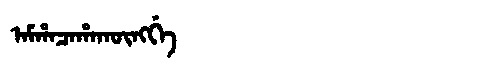
Manchu: ᠠᠮᡥᠠᠴᠠᡥᠠᡴᡡᠩᡤᡝ
Romanization: AMHACAHAKŪNGGE